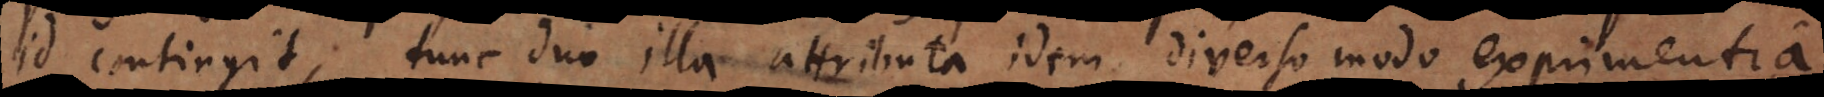
id contingit, tunc duo illa attributa idem diverso modo exprimentia